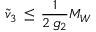
{ \tilde { v } } _ { 3 } \, \leq \, \frac { 1 } { 2 \, g _ { 2 } } M _ { W }